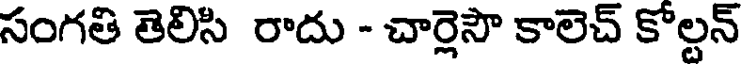
సంగతి తెలిసి రాదు - చార్లెసౌ కాలెచ్ కోల్టన్